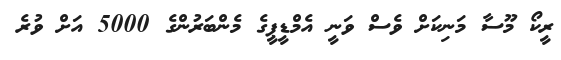
ރީކޯ މޫސާ މަނިކަށް ވެސް ވަނީ އެމްޑީޕީގެ މެންބަރުންގެ 5000 އަށް ވުރެ